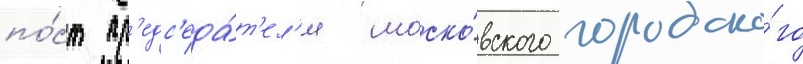
по́ст пр'едс'еда́т'ел'я моско́вского городско́го